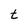
Character: t